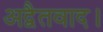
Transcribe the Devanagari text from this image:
अद्वैतवाद।